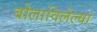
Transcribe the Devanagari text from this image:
बोलाविलेल्या